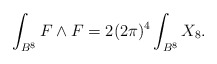
\begin{align*}\int_{B^{8}} F \wedge F = 2 (2\pi)^4 \int_{B^8} X_{8}.\end{align*}